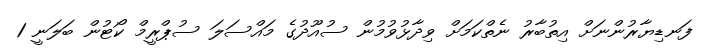
ފަނޑިޔާރުންނަށް އިތުބާރު ނެތްކަމަށް ވިދާޅުވުމުން ސުއޫދުގެ މައްސަލަ ސުޕްރީމް ކޯޓުން ބަލަނީ 1